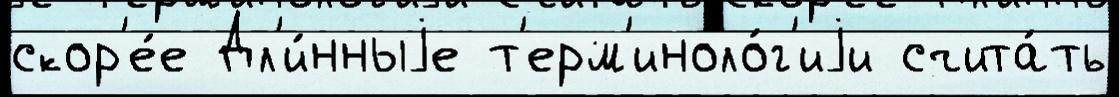
скор'е́е Дл'и́нныjе т'ерм'иноло́г'иjи счита́ть